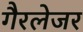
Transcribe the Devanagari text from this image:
गैरलेजर